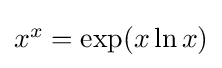
{\textstyle x^{x}=\exp(x\ln x)}